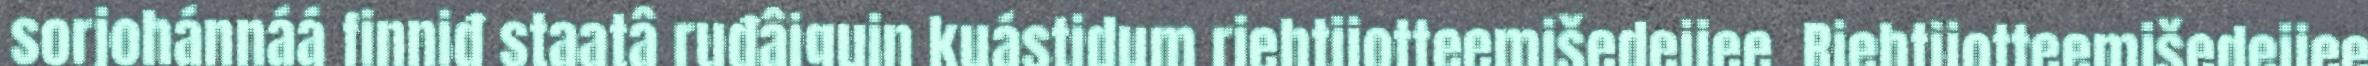
sorjohánnáá finniđ staatâ ruđâiguin kuástidum riehtijotteemišedeijee. Riehtijotteemišedeijee